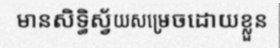
មានសិទ្ធិស្វ័យសម្រេចដោយខ្លួន